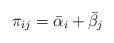
LaTeX: \begin{align*}\pi_{ij} = \bar\alpha_i + \bar\beta_j\end{align*}